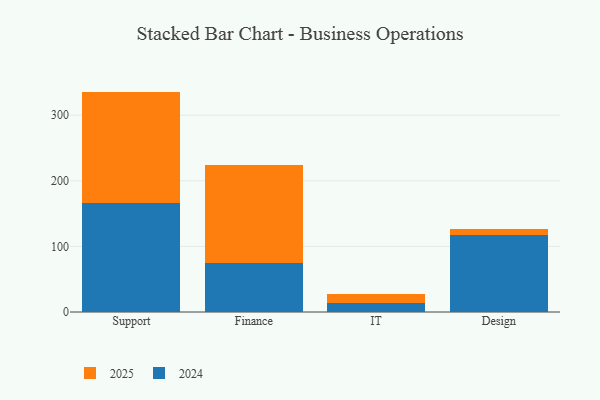
{"axis": {"x": "Department", "y": "Conversion Rate (%)"}, "legend": ["2024", "2025"], "data": [{"x": "Support", "y": 169.3, "type": "2025"}, {"x": "Support", "y": 166.7, "type": "2024"}, {"x": "Finance", "y": 150.3, "type": "2025"}, {"x": "Finance", "y": 74.4, "type": "2024"}, {"x": "IT", "y": 13.6, "type": "2025"}, {"x": "IT", "y": 13.2, "type": "2024"}, {"x": "Design", "y": 9.5, "type": "2025"}, {"x": "Design", "y": 117.8, "type": "2024"}]}